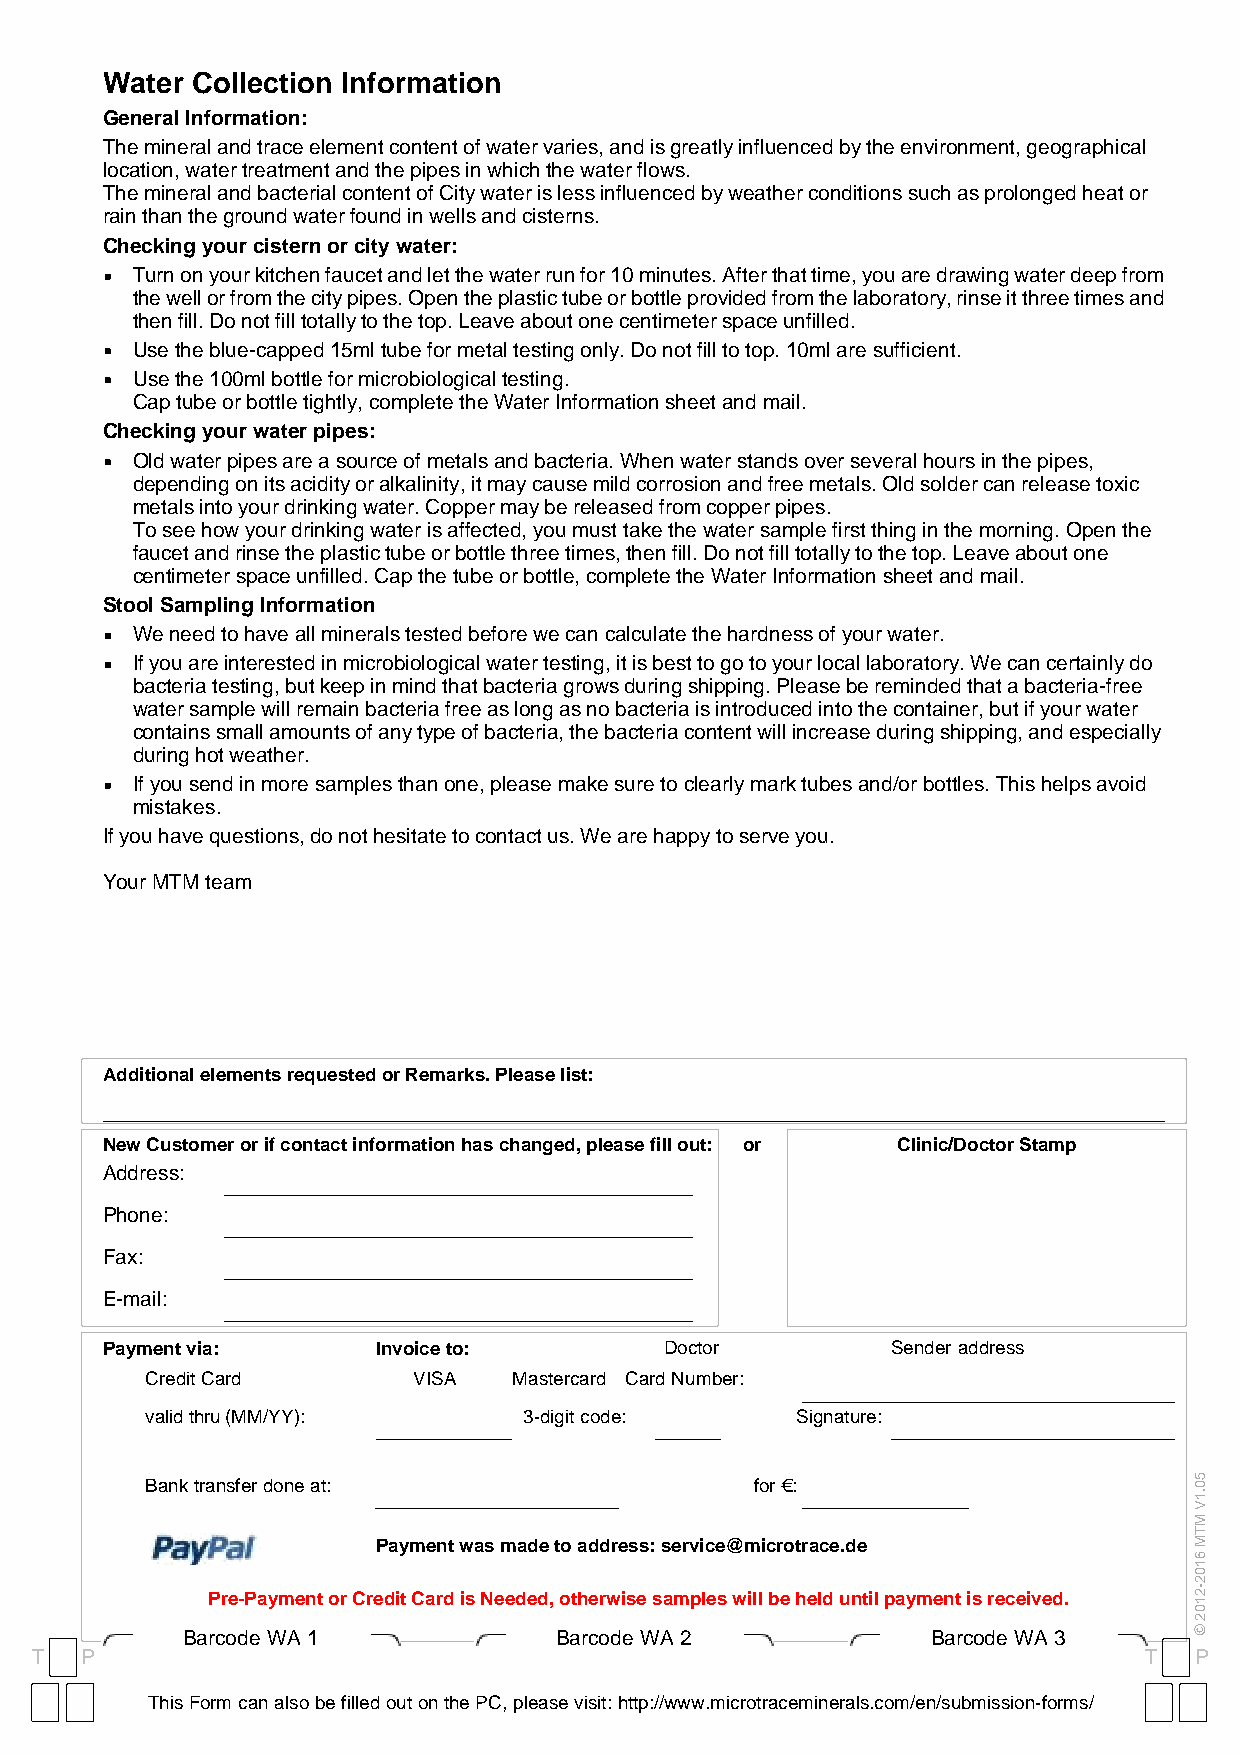
Water Collection Information
 General Information:
 The mineral and trace element content of water varies, and is greatly influenced by the environment, geographical
 location, water treatment and the pipes in which the water flows.
 The mineral and bacterial content of City water is less influenced by weather conditions such as prolonged heat or
 rain than the ground water found in wells and cisterns.
 Checking your cistern or city water:
 § Turn on your kitchen faucet and let the water run for 10 minutes. After that time, you are drawing water deep from
 the well or from the city pipes. Open the plastic tube or bottle provided from the laboratory, rinse it three times and
 then fill. Do not fill totally to the top. Leave about one centimeter space unfilled.
 § Use the blue-capped 15ml tube for metal testing only. Do not fill to top. 10ml are sufficient.
 § Use the 100ml bottle for microbiological testing.
 Cap tube or bottle tightly, complete the Water Information sheet and mail.
 Checking your water pipes:
 § Old water pipes are a source of metals and bacteria. When water stands over several hours in the pipes,
 depending on its acidity or alkalinity, it may cause mild corrosion and free metals. Old solder can release toxic
 metals into your drinking water. Copper may be released from copper pipes.
 To see how your drinking water is affected, you must take the water sample first thing in the morning. Open the
 faucet and rinse the plastic tube or bottle three times, then fill. Do not fill totally to the top. Leave about one
 centimeter space unfilled. Cap the tube or bottle, complete the Water Information sheet and mail.
 Stool Sampling Information
 § We need to have all minerals tested before we can calculate the hardness of your water.
 § If you are interested in microbiological water testing, it is best to go to your local laboratory. We can certainly do
 bacteria testing, but keep in mind that bacteria grows during shipping. Please be reminded that a bacteria-free
 water sample will remain bacteria free as long as no bacteria is introduced into the container, but if your water
 contains small amounts of any type of bacteria, the bacteria content will increase during shipping, and especially
 during hot weather.
 § If you send in more samples than one, please make sure to clearly mark tubes and/or bottles. This helps avoid
 mistakes.
 If you have questions, do not hesitate to contact us. We are happy to serve you.
 Your MTM team
 Additional elements requested or Remarks. Please list:
 New Customer or if contact information has changed, please fill out: or Clinic/Doctor Stamp
 Address:
 Phone:
 Fax:
 E-mail:
 Payment via:      Invoice to:        Doctor         Sender address
 Credit Card      VISA   Mastercard Card Number:
 valid thru (MM/YY):      3-digit code:     Signature:
 Bank transfer done at:                  for €:
 Payment was made to address: service@microtrace.de
 Pre-Payment or Credit Card is Needed, otherwise samples will be held until payment is received.
 Barcode WA 1             Barcode WA 2             Barcode WA 3
 T  P                                                                      T  P
 This Form can also be filled out on the PC, please visit: http://www.microtraceminerals.com/en/submission-forms/
 50.1V
 MTM
 6102-2102
 ©